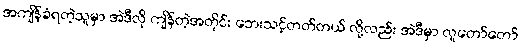
အကျိန်ခံရတဲ့သူမှာ အဲဒီလို ကျိန်တဲ့အတိုင်း ဘေးသင့်တတ်တယ် လို့လည်း အဲဒီမှာ လူတော်တော်